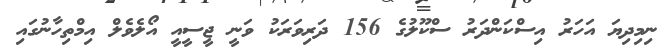
ނިމިދިޔަ އަހަރު އިސްކަންދަރު ސްކޫލުގެ 156 ދަރިވަރަކު ވަނީ ޖީސީއީ އޯލެވެލް އިމްތިހާނުގައި